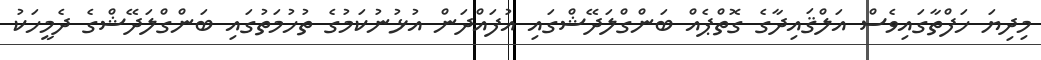
މިދިޔަ ހަފްތާގައިވެސް އަލްޤައިދާގެ ގޮތްޕެއް ބަންގްލަދޭޝްގައި އުފައްދަން އުޅުނުކަމުގެ ތުހުމަތުގައި ބަންގްލަދޭޝްގެ ދެމީހަކު